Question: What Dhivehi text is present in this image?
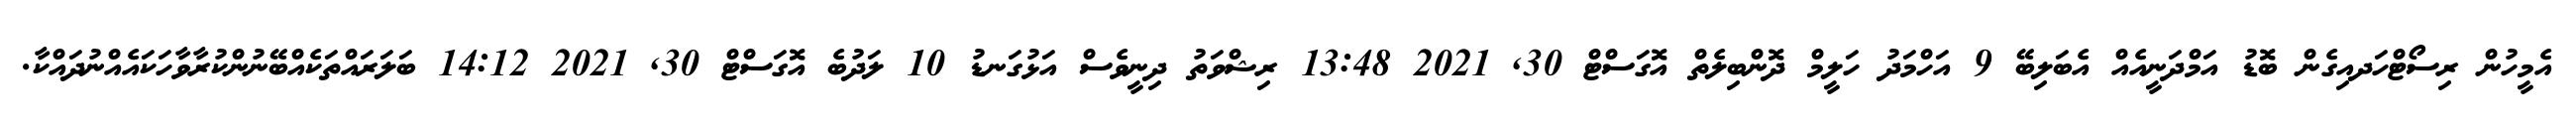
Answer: އެމީހުން ރިސޯޓްހަދއިގެން ބޮޑު އަމްދަނީއެއް އެބަލިބޭ 9 އަހްމަދު ހަލީމް ދޮންބިލެތް އޮގަސްޓް 30, 2021 13:48 ރިޝްވަތު ދިނީވެސް އަޅުގަނޑު 10 ލަދުބެ އޮގަސްޓް 30, 2021 14:12 ބަލަރައްތަކެއްބޭނުންކުރާވާހަކައެއްނުދައްކާ.